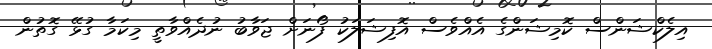
އިލެކްޝަންސް ކޮމިޝަންގެ އެއްވެސް އޮފިޝަލަކު ފޯނަށް ޖަވާބު ނުދެއްވާތީ މިކަމާ ގުޅޭ ގޮތުން